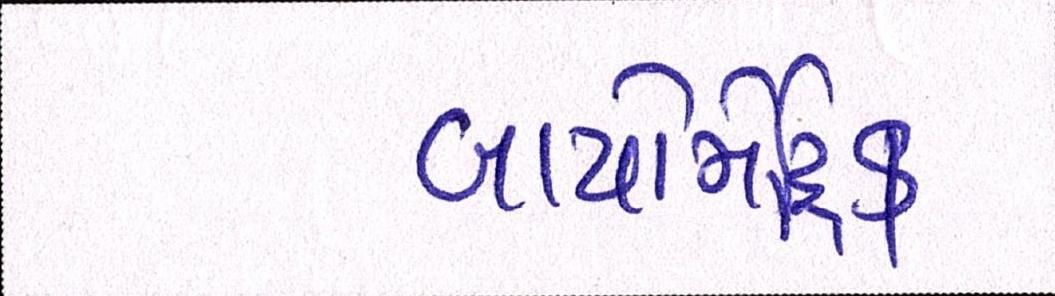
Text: બાયોમેટ્રિક